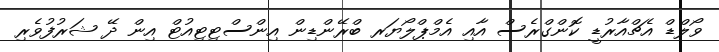
ވޯލްޑް އެޗްއާރުޑީ ކޮންގްރެސް އާއި އެމްޕްލޯޔަރ ބްރޭންޑިން އިންސްޓިޓިއުޓް އިން ދޭ ޝަރުފުވެރި